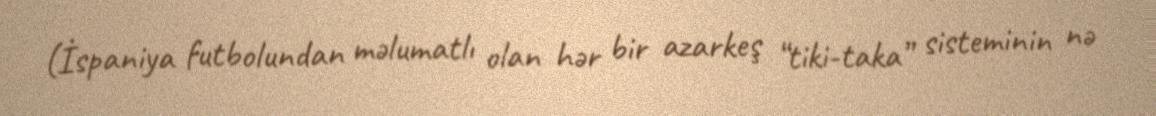
(İspaniya futbolundan məlumatlı olan hər bir azarkeş “tiki-taka” sisteminin nə